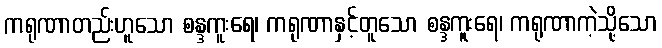
ကရုဏာတည်းဟူသော စန္ဒကူးရေ၊ ကရုဏာနှင့်တူသော စန္ဒကူးရေ၊ ကရုဏာကဲ့သို့သော